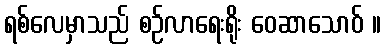
ရစ်လေမှာသည် စဉ်လာရေးရိုး ဝေဆာသောဝ် ။